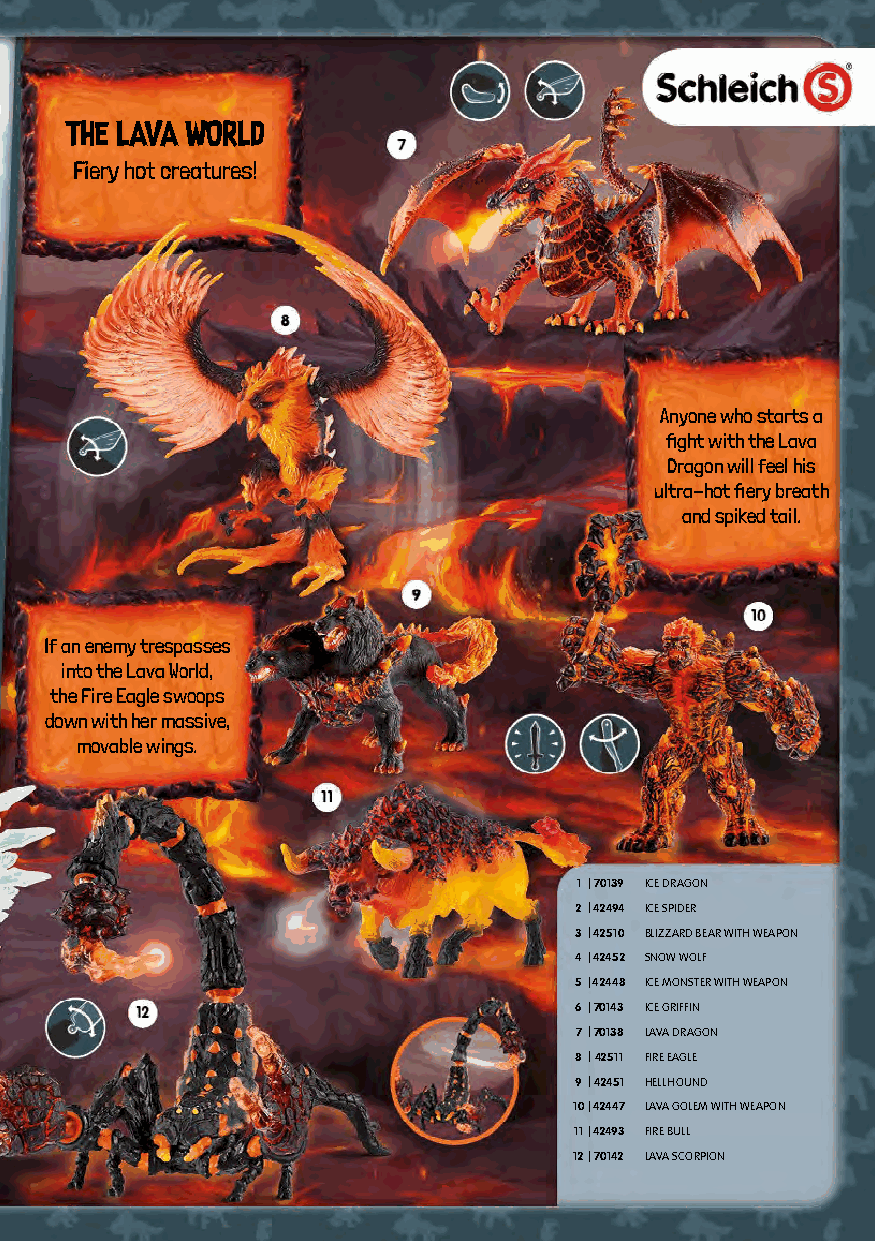
THE LAVA WORLD
 Fiery hot creatures!
 Anyone who starts a
 fight with the Lava
 Dragon will feel his
 ultra-hot fiery breath
 and spiked tail.
 If an enemy trespasses
 into the Lava World,
 the Fire Eagle swoops
 down with her massive,
 movable wings.
 1 |70139 ICE DRAGON
 2|42494 ICE SPIDER
 3|42510 BLIZZARD BEAR WITH WEAPON
 4|42452 SNOW WOLF
 5|42448 ICE MONSTER WITH WEAPON
 6|70143 ICE GRIFFIN
 7|70138 LAVA DRAGON
 8|42511 FIRE EAGLE
 9|42451 HELLHOUND
 10|42447 LAVA GOLEM WITH WEAPON
 11|42493 FIRE BULL
 12|70142 LAVA SCORPION